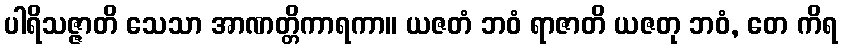
ပါရိသဇ္ဇာတိ သေသာ အာဏတ္တိကာရကာ။ ယဇတံ ဘဝံ ရာဇာတိ ယဇတု ဘဝံ, တေ ကိရ